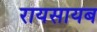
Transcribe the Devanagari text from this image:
रायसायब